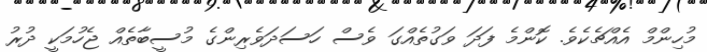
މުހިންމް އެއްޗެކެވެ. ކޮންމެ ފަދަ ވަގުތެއްގަ ވެސް ހަސަދަވެރިންގެ މުސީބާތެއް ޖެހުމަކީ ދުރު